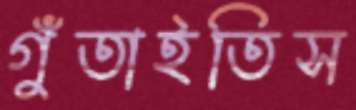
গুঁতাইতিস